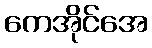
ကေအိုင်အေ